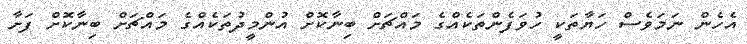
އެހެން ނަމަވެސް ހަޔާތަކީ ހުވަފެންތަކެއްގެ މައްޗަށް ބިނާކޮށް އުންމީދުތަކެއްގެ މައްޗަށް ބިނާކޮށް ފަށާ